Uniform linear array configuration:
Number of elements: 4
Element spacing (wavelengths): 0.25
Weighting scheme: cosine
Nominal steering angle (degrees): -30
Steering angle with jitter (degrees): -31.054
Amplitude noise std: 0.05
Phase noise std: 0.05

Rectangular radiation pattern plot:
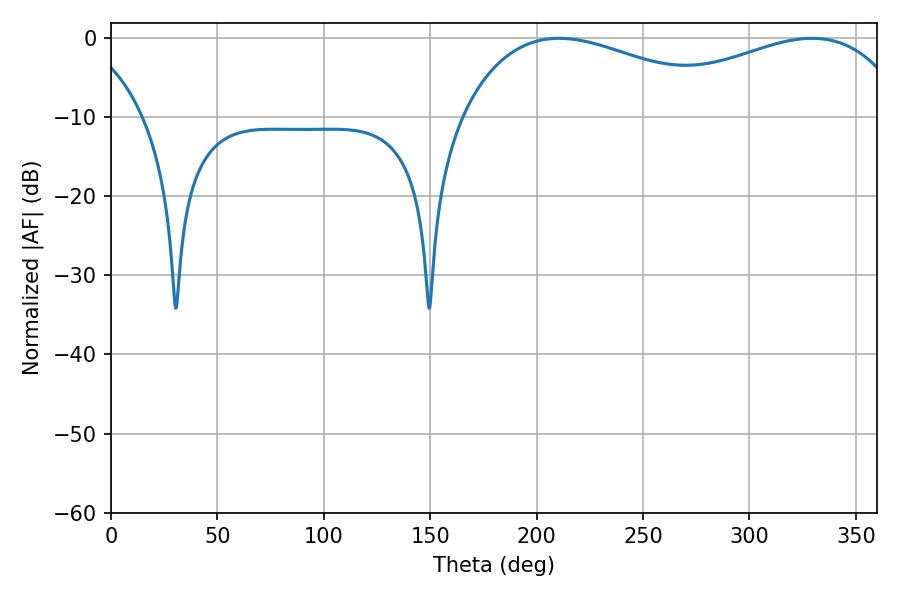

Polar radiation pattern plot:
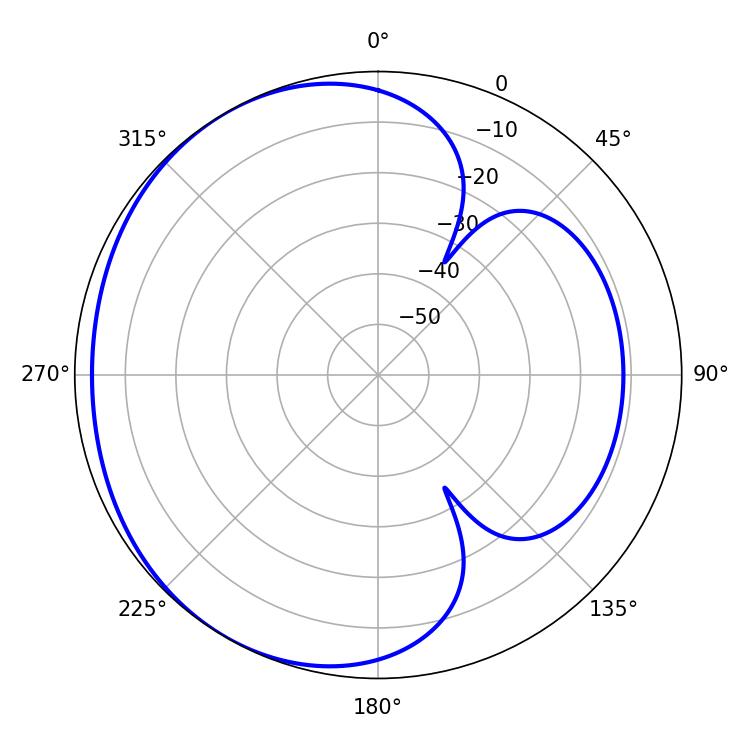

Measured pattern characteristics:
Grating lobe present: FALSE
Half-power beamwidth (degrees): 73.8
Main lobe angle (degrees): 210.6